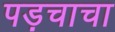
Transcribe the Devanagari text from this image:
पड़चाचा